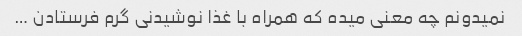
نمیدونم چه معنی میده که همراه با غذا نوشیدنی گرم فرستادن …